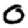
Digit: 0